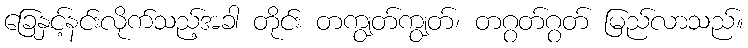
ခြေနှင့်နင်းလိုက်သည့်အခါ တိုင်း တကျွတ်ကျွတ်၊ တဂွတ်ဂွတ် မြည်လာသည်။